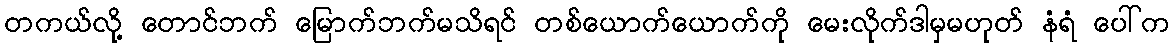
တကယ်လို့ တောင်ဘက် မြောက်ဘက်မသိရင် တစ်ယောက်ယောက်ကို မေးလိုက်ဒါမှမဟုတ် နံရံ ပေါ်က